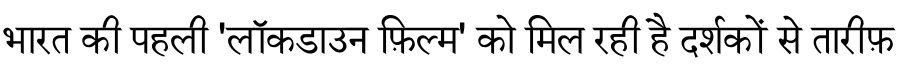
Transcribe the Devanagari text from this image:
भारत की पहली 'लॉकडाउन फ़िल्म' को मिल रही है दर्शकों से तारीफ़